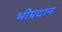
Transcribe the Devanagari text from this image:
भीप्रदान